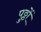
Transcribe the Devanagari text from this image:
पुठ्ठों